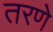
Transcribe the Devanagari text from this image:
तरणे